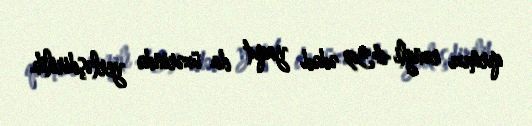
qırmızı rəngli 439 ədəd yaqut da üzərində yerləşdirilib.